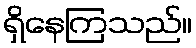
ရှိနေကြသည်။